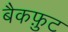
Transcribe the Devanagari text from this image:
बैकफ़ुट